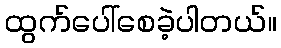
ထွက်ပေါ်စေခဲ့ပါတယ်။